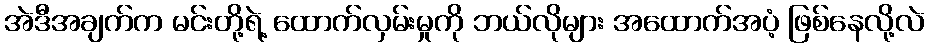
အဲဒီအချက်က မင်းတို့ရဲ့ ထောက်လှမ်းမှုကို ဘယ်လိုများ အထောက်အပံ့ ဖြစ်နေလို့လဲ